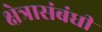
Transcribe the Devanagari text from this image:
क्षेत्रासंबंधीं